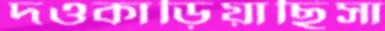
দওকাড়িয়াছিসা